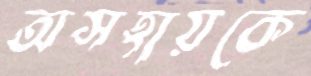
অসহায়কে